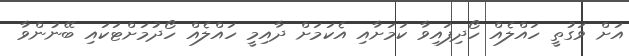
އަށް ވަގުތީ ހައްލެއް ހޯދިފައިވާ ކަމަށާއި އެކަމަށް ދާއިމީ ހައްލެއް ހޯދުމަށްޓަކައި ބޭނުންވާ